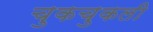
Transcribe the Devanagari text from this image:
चुकचुकली